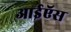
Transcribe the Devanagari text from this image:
आईऍस